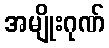
အမျိုးဂုဏ်